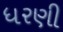
ધરણી